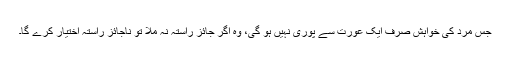
جس مرد کی خواہش صرف ایک عورت سے پوری نہیں ہو گی، وہ اگر جائز راستہ نہ ملا تو ناجائز راستہ اختیار کرے گا۔